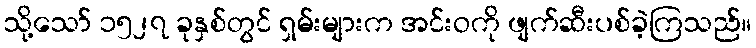
သို့သော် ၁၅၂၇ ခုနှစ်တွင် ရှမ်းများက အင်းဝကို ဖျက်ဆီးပစ်ခဲ့ကြသည်။